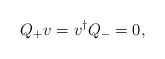
\begin{align*}Q_{+}{v}={v}^{\dagger }Q_{-}=0,\end{align*}